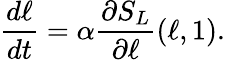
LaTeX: \frac{d\ell}{dt}=\alpha\frac{\partial S_{L}}{\partial\ell}(\ell,1).